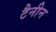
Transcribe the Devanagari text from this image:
टैनीन